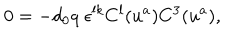
LaTeX: 0 = - d _ { 0 } q \; \epsilon ^ { l k } C ^ { l } ( u ^ { a } ) C ^ { 3 } ( u ^ { a } ) ,